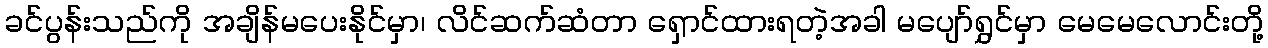
ခင်ပွန်းသည်ကို အချိန်မပေးနိုင်မှာ၊ လိင်ဆက်ဆံတာ ရှောင်ထားရတဲ့အခါ မပျော်ရွှင်မှာ မေမေလောင်းတို့